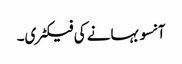
آنسو بہانے کی فیکٹری۔